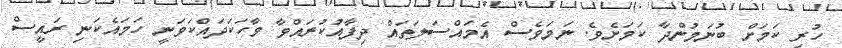
ހުރި ކަމަށް ބުނަމުންދާ ކަމަށެވެ. ނަމަވެސް އެމައްސަލަތައް ދިފާއުކުރައްވާ ވާހަކަދައްކަވަނީ ހަމައެކަނި ރައީސް